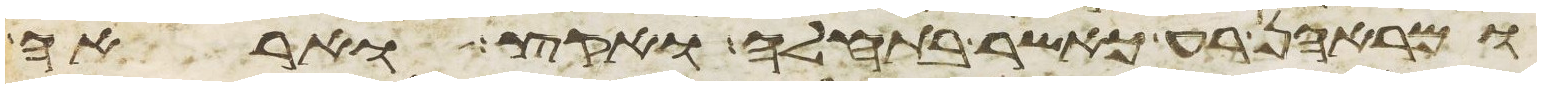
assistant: ומראהן רע כאשר בתחלה ואקץ ואראה